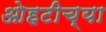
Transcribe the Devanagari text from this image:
ओहटीच्या